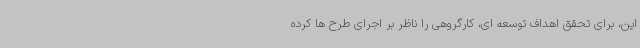
این، برای تحقق اهداف توسعه ای، کارگروهی را ناظر بر اجرای طرح ها کرده